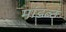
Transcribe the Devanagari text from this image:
मांडव्ठ